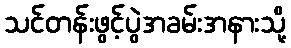
သင်တန်းဖွင့်ပွဲအခမ်းအနားသို့